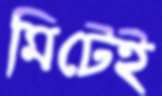
মিটেই